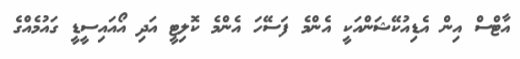
އާޓްސް އިން އެޑިއުކޭޝަންއަކީ އެންމެ ފަސޭހަ އެންމެ ކޮލިޓީ އަދި އޯއައިސީޑީ ގައުމެއްގެ